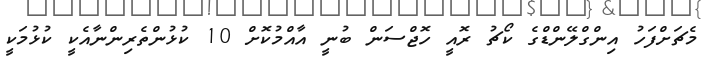
މެޗަށްފަހު އިންގްލޭންޑްގެ ކޯޗު ރޮއީ ހޮޖްސަން ބުނީ އާއްމުކޮށް 10 ކުޅުންތެރިންނާއެކީ ކުޅުމަކީ